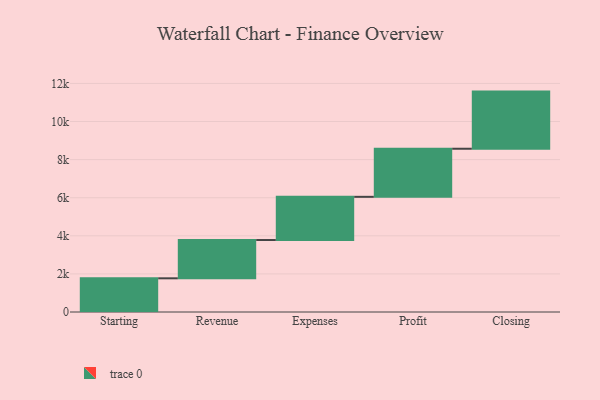
{"axis": {"x": "Step", "y": "Value"}, "legend": [""], "data": [{"x": "Starting", "y": 1769.0, "type": ""}, {"x": "Revenue", "y": 2010.0, "type": ""}, {"x": "Expenses", "y": 2268.0, "type": ""}, {"x": "Profit", "y": 2525.0, "type": ""}, {"x": "Closing", "y": 3000, "type": ""}]}